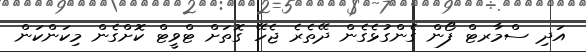
އަދި ސްމާރޓް ފޯން ގެންގުޅެގެން ދޭތެރެ ޖެހޭ ގޮތަށް ޓްވީޓް ކޮށްގެން މިކަންކަން